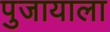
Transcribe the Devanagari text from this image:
पुजायाला